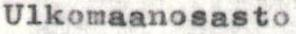
Ulkomaanosasto